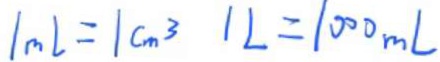
1 m l = 1 c m 6 3 1 L = 1 0 0 0 m L